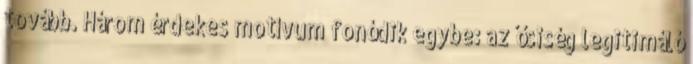
tovább. Három érdekes motívum fonódik egybe: az ősiség legitimáló